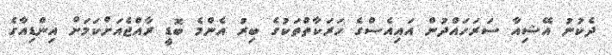
ދެކުނު އޭޝިއާ ސަރަހައްދުން އައިއެސްގެ ހަރަކާތްތަކުގެ ބިރު އެންމެ ބޮޑީ ރާއްޖެއަށްކަމަށް އިންޑިއާގެ